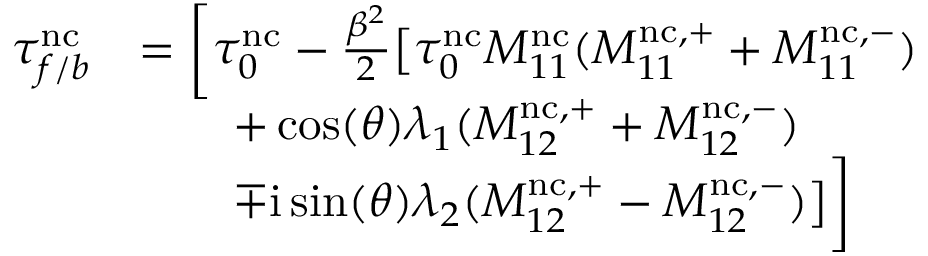
\begin{array} { r l } { \tau _ { f / b } ^ { \mathrm { n c } } } & { = \biggl [ \tau _ { 0 } ^ { \mathrm { n c } } - \frac { \beta ^ { 2 } } { 2 } \bigl [ \tau _ { 0 } ^ { \mathrm { n c } } M _ { 1 1 } ^ { \mathrm { n c } } ( M _ { 1 1 } ^ { \mathrm { n c } , + } + M _ { 1 1 } ^ { \mathrm { n c } , - } ) } \\ & { \qquad + \cos ( \theta ) \lambda _ { 1 } ( M _ { 1 2 } ^ { \mathrm { n c } , + } + M _ { 1 2 } ^ { \mathrm { n c } , - } ) } \\ & { \qquad \mp \mathrm { i } \sin ( \theta ) \lambda _ { 2 } ( M _ { 1 2 } ^ { \mathrm { n c } , + } - M _ { 1 2 } ^ { \mathrm { n c } , - } ) \bigr ] \biggr ] } \end{array}